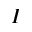
I